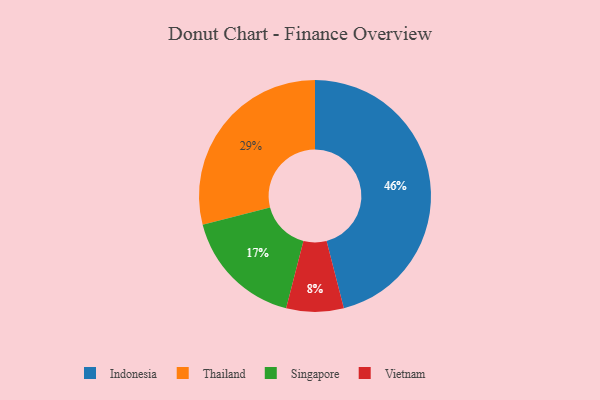
{"axis": {"x": "Category", "y": "Percentage"}, "legend": ["Indonesia", "Singapore", "Thailand", "Vietnam"], "data": [{"x": "Singapore", "y": 17, "type": "Singapore"}, {"x": "Indonesia", "y": 46, "type": "Indonesia"}, {"x": "Thailand", "y": 29, "type": "Thailand"}, {"x": "Vietnam", "y": 8, "type": "Vietnam"}]}